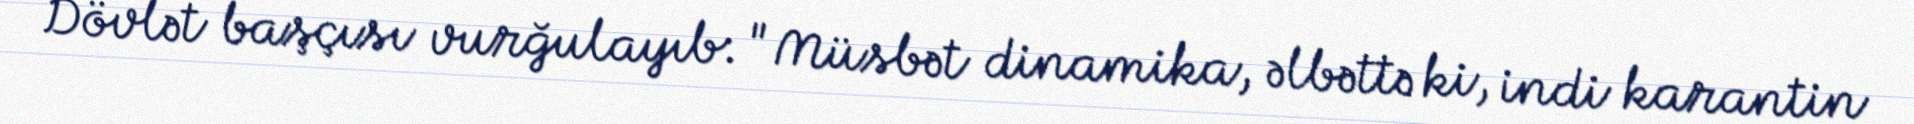
Dövlət başçısı vurğulayıb: "Müsbət dinamika, əlbəttə ki, indi karantin